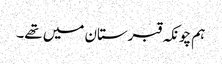
ہم چونکہ قبرستان میں تھے۔